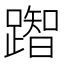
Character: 䠦